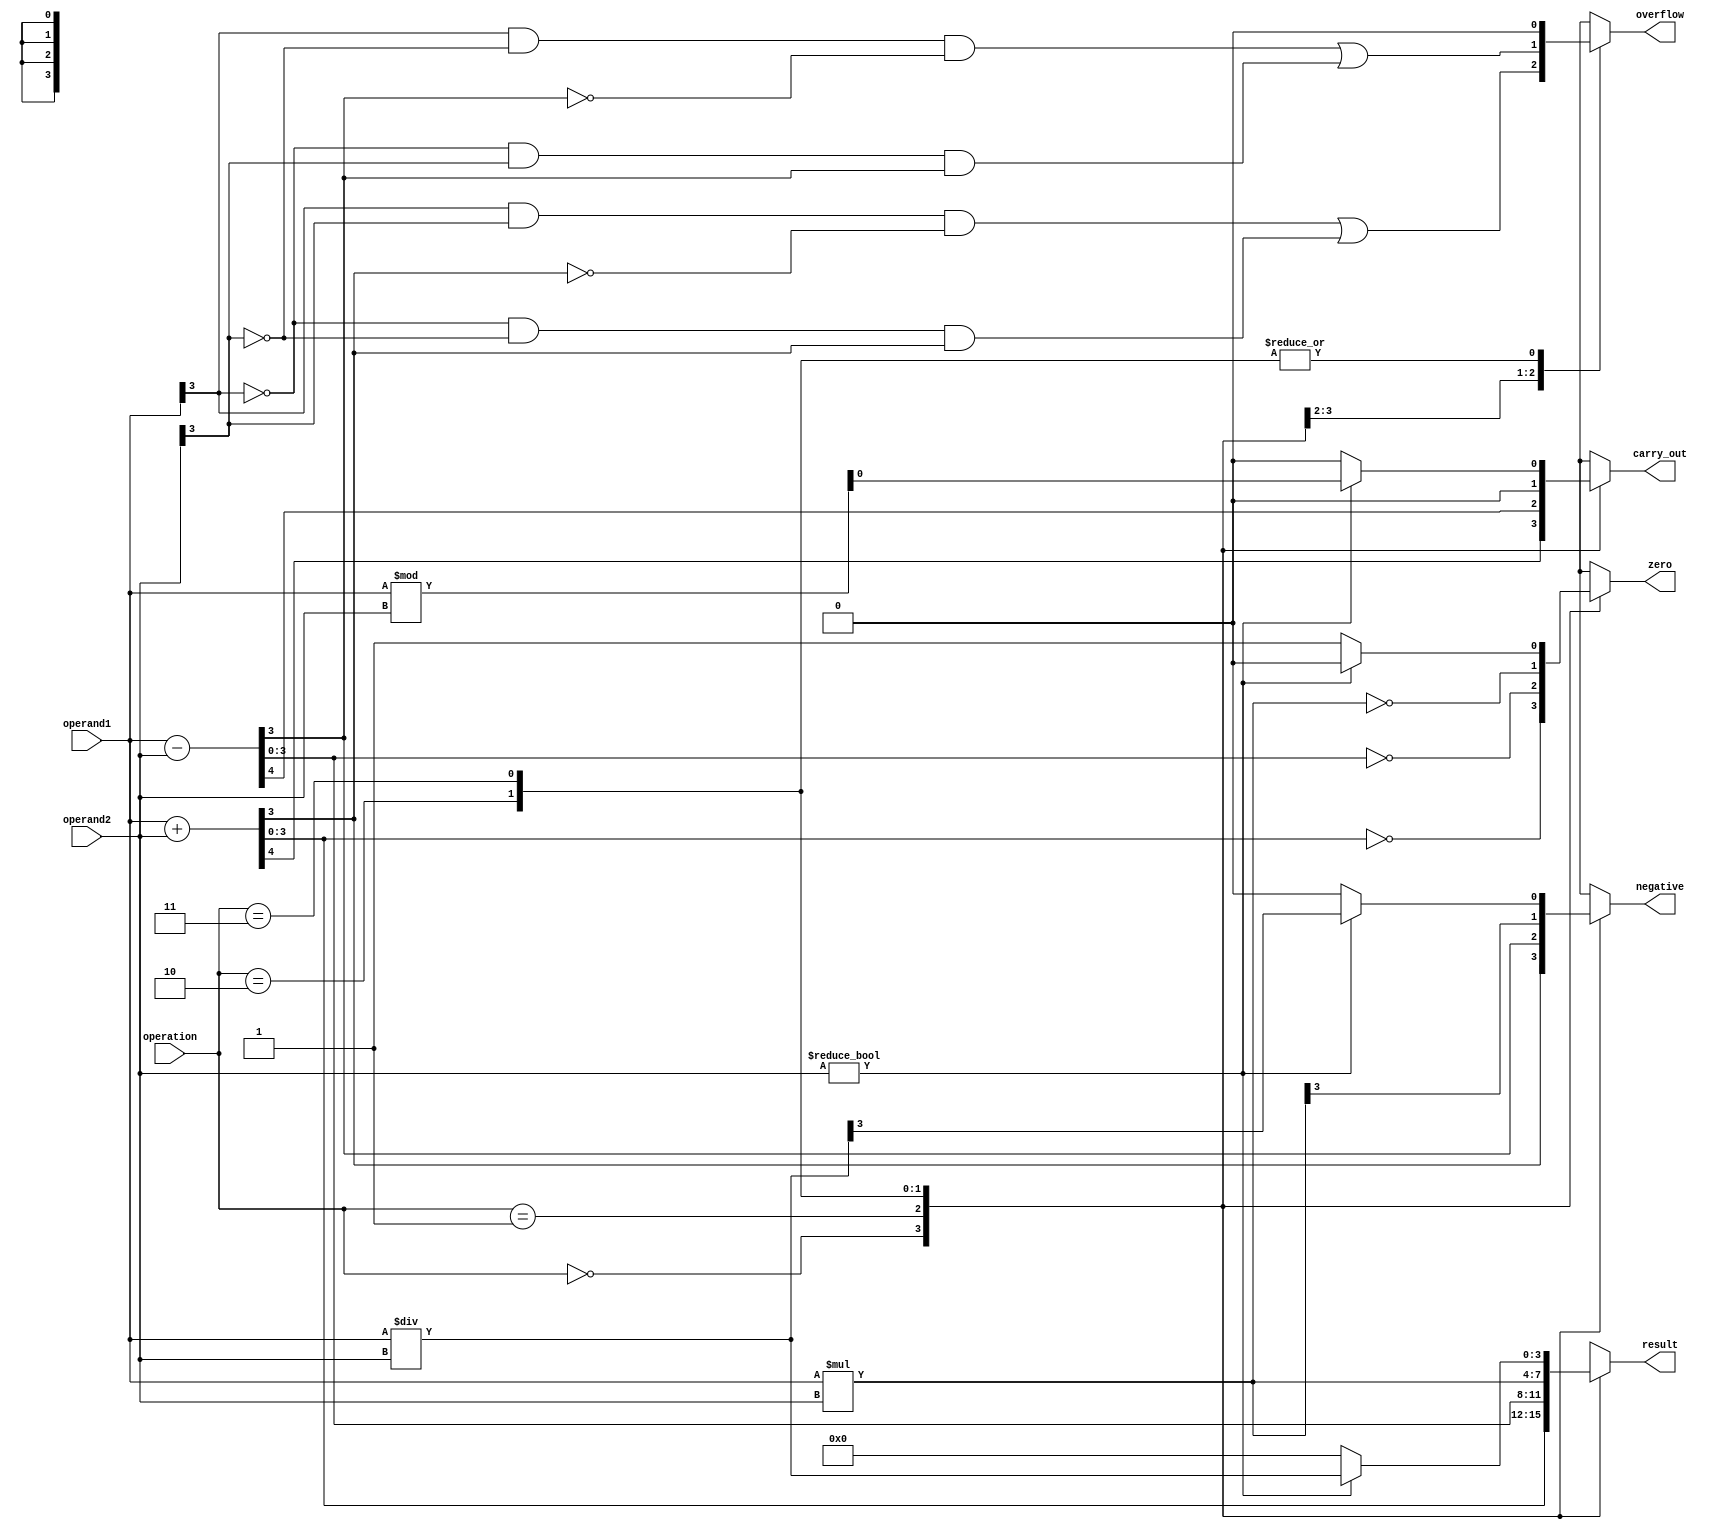
module ALU (
    input [3:0] operand1,
    input [3:0] operand2,
    input [1:0] operation,
    output reg [3:0] result,
    output reg carry_out,
    output reg overflow,
    output reg zero,
    output reg negative
);

always @(*)
begin
    case(operation)
        2'b00: // Addition
            begin
                {carry_out, result} = operand1 + operand2;
                overflow = (operand1[3] & operand2[3] & ~result[3]) | (~operand1[3] & ~operand2[3] & result[3]);
                zero = (result == 4'b0000);
                negative = result[3];
            end
        2'b01: // Subtraction
            begin
                {carry_out, result} = operand1 - operand2;
                overflow = (operand1[3] & ~operand2[3] & ~result[3]) | (~operand1[3] & operand2[3] & result[3]);
                zero = (result == 4'b0000);
                negative = result[3];
            end
        2'b10: // Multiplication
            begin
                result = operand1 * operand2;
                carry_out = 0;
                overflow = 0;
                zero = (result == 4'b0000);
                negative = result[3];
            end
        2'b11: // Division
            begin
                if(operand2 != 4'b0000)
                begin
                    result = operand1 / operand2;
                    carry_out = operand1 % operand2;
                    overflow = 0;
                    zero = 0;
                    negative = result[3];
                end
                else
                begin
                    result = 4'b0000;
                    carry_out = 4'b0000;
                    overflow = 0;
                    zero = 1;
                    negative = 0;
                end
            end
    endcase
end

endmodule